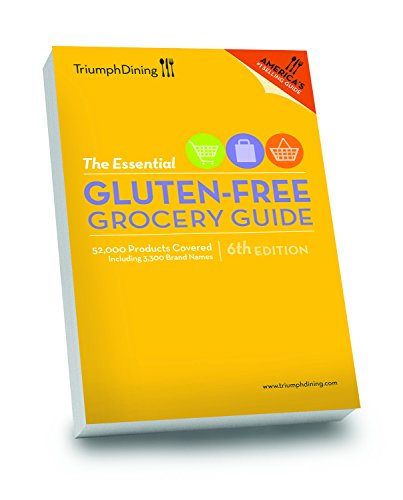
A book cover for Essential Gluten-Free Grocery Guide; Health, Fitness & Dieting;